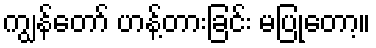
ကျွန်တော် ဟန့်တားခြင်း မပြုတော့။